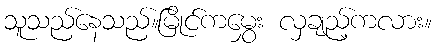
သူသည်နေသည်။မြိုင်ကမွှေး လှချည့်ကလား။